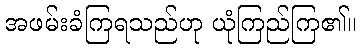
အဖမ်းခံကြရသည်ဟု ယုံကြည်ကြ၏။